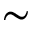
\sim